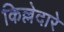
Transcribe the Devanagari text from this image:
किल्लेदारे